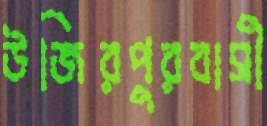
উজিরপুরবাসী